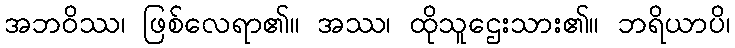
အဘဝိဿ၊ ဖြစ်လေရာ၏။ အဿ၊ ထိုသူဌေးသား၏။ ဘရိယာပိ၊